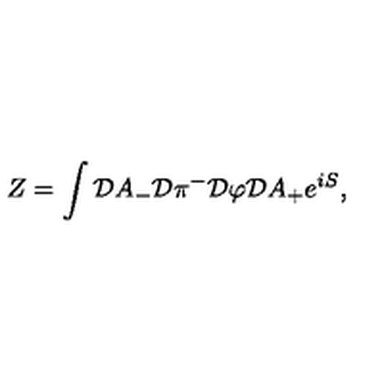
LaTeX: Z = \int { \cal D } A _ { - } { \cal D } \pi ^ { - } { \cal D } \varphi { \cal D } A _ { + } e ^ { i S } ,